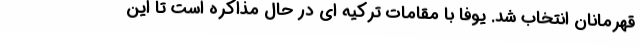
قهرمانان انتخاب شد. یوفا با مقامات ترکیه ای در حال مذاکره است تا این